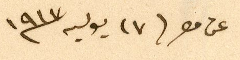
عن مصر ١٧ يوليه١٩١٧